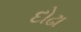
દોઢા